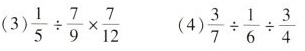
(3) $$\frac{1}{5} \div \frac{7}{9}× \frac{7}{12}$$ (4) $$\frac{3}{7}\div \frac{1}{6}\div \frac{3}{4}$$